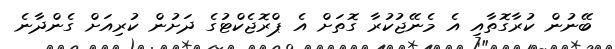
ބޭނުން ކުރާގޮތާއި އެ މެނޭޖުކުރާ ގޮތަށް އެ ޕްރޮޖެކްޓުގެ ދަށުން ކުރިއަށް ގެންދާނެ